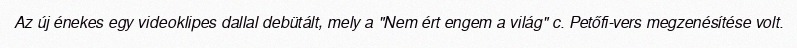
Az új énekes egy videoklipes dallal debütált, mely a "Nem ért engem a világ" c. Petőfi-vers megzenésítése volt.